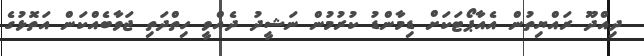
ދިއްދޫ ރައްޔިތުން އެއާޕޯޓަކަށް ޑިމާންޑު ކުރުމުން ނަޝީދު ދެއްވީ ހިތްދަތި ޖަވާބެއްކަން އަތޮޅުގެ